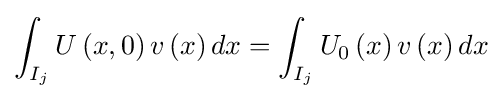
\int _{I_{j}}U\left(x,0\right)v\left(x\right)dx=\int _{I_{j}}U_{0}\left(x\right)v\left(x\right)dx